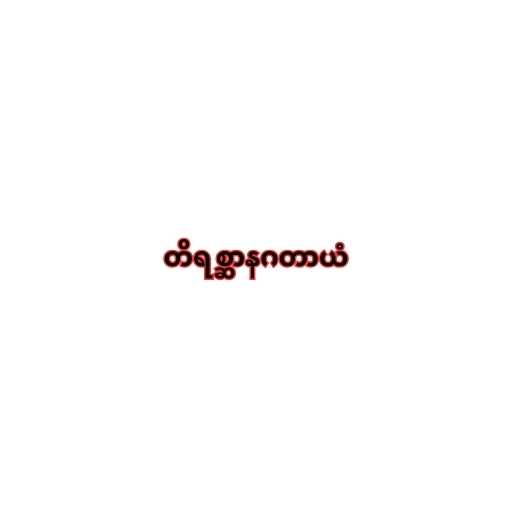
တိရစ္ဆာနဂတာယံ